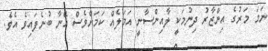
ނަމަ މަރުގެ އިންޒާރު ދިނުމަކީ ލާއިންސާނީ އަމަލެއް ކަމަށްވެސް އޭނާ ބުނެފައިވެ އެވެ.